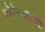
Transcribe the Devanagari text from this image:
सोबेस्लावच्या